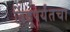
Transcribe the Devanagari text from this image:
बिंदूपर्यंतचा